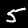
Digit: 5